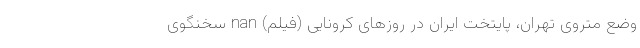
وضع متروی تهران، پایتخت ایران در روزهای کرونایی (فیلم) nan سخنگوی